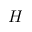
H